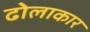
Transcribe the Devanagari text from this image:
ढोलाकार